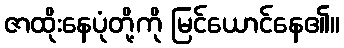
ဇာထိုးနေပုံတို့ကို မြင်ယောင်နေ၏။